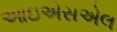
આઇએસએલ